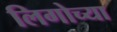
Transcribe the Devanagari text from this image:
लिगोच्या